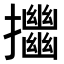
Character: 𢹴